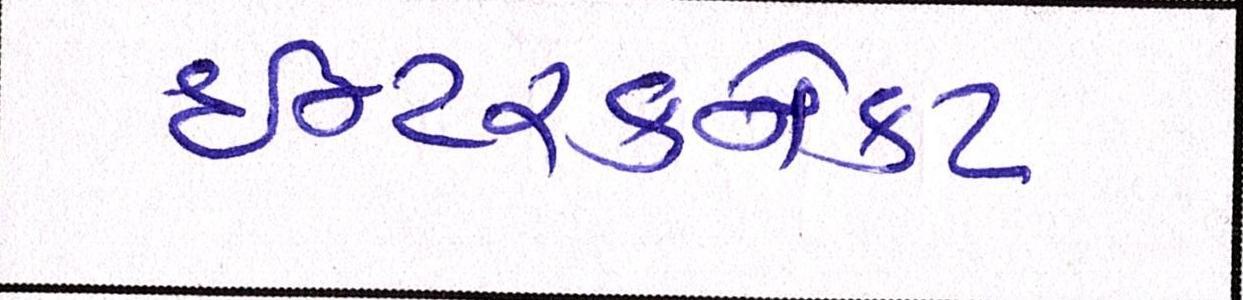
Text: ઈન્ટરકનેકટ